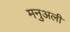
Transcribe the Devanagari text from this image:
मनुअली